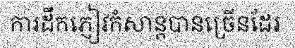
ការដឹកភ្ញៀវកំសាន្តបានច្រើនដែរ